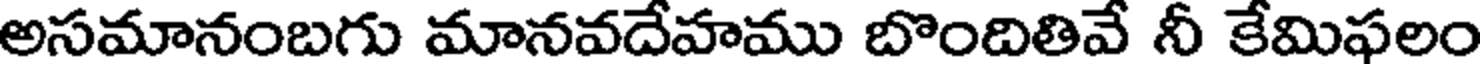
అసమానంబగు మానవదేహము బొందితివే నీ కేమిఫలం